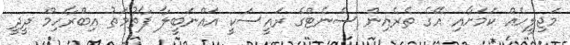
މަޖިލީހެއް ކަމަށާއި އޭގެ ތެރެއިން ސެނެޓްގެ ރައީސަކީ އައްނަބީލާ ފާތުމަތު އިބްރާހިމް ދީދީ